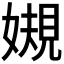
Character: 𫱟